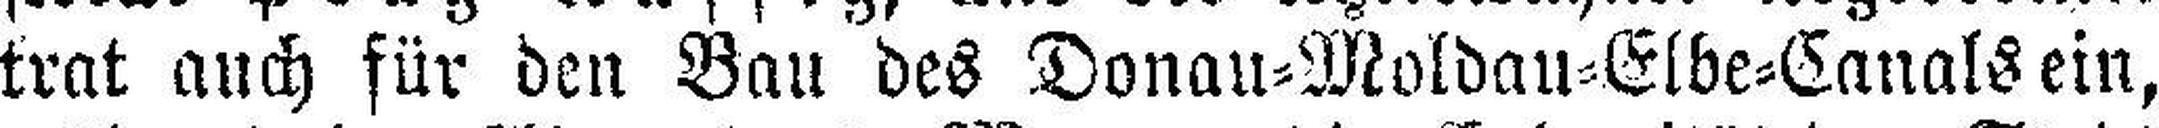
trat auch für den Bau des Donan=Moldau=Elbe=Canals ein,